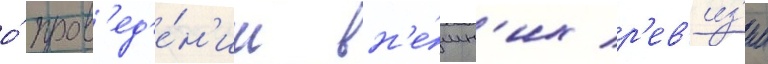
о́ пров'ед'е́н'ии вн'е́шн'их р'ев'из'ии